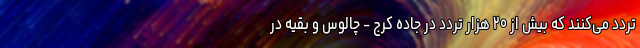
تردد می‌کنند که بیش از ۲۰ هزار تردد در جاده کرج - چالوس و بقیه در